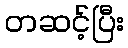
တဆင့်ပြီး